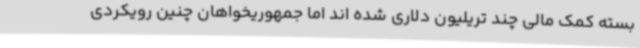
بسته کمک مالی چند تریلیون دلاری شده اند اما جمهوریخواهان چنین رویکردی